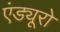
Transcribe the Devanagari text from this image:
एंड्यूरो